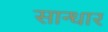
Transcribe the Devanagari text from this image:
सान्धार